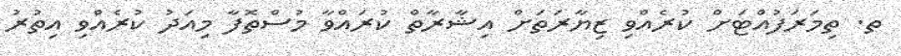
ތ. ތިމަރަފުއްޓަށް ކުރެއްވި ޒިޔާރަތަށް އިޝާރާތް ކުރައްވާ މުސްތޮފާ މިއަދު ކުރެއްވި އިތުރު